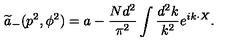
{ \widetilde a } _ { - } ( p ^ { 2 } , \phi ^ { 2 } ) = a - { \frac { N d ^ { 2 } } { \pi ^ { 2 } } } \int { \frac { d ^ { 2 } k } { k ^ { 2 } } } e ^ { i k \cdot X } .